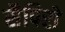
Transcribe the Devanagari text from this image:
सैपिरो